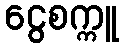
ငွေစက္ကူ